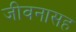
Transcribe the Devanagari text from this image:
जीवनासह